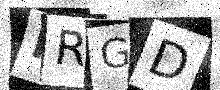
Text: NRGD